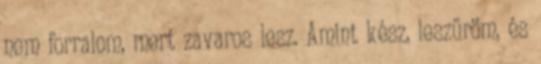
nem forralom, mert zavaros lesz. Amint kész, leszűröm, és